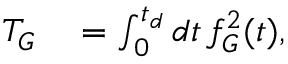
\begin{array} { r l } { T _ { G } } & { { } = \int _ { 0 } ^ { t _ { d } } d t \, f _ { G } ^ { 2 } ( t ) , } \end{array}